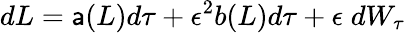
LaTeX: dL=\mathsf{a}(L)d\tau+\epsilon^{2}b(L)d\tau+\epsilon\; dW_{\tau}